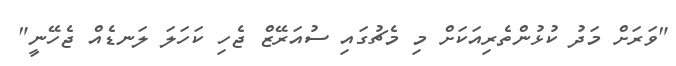
"ވަރަށް މަދު ކުޅުންތެރިއަކަށް މި މެޗުގައި ސުއަރޭޒް ޖެހި ކަހަލަ ލަނޑެއް ޖެހޭނީ"